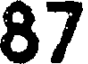
87